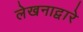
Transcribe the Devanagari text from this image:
लेखनाद्वारे